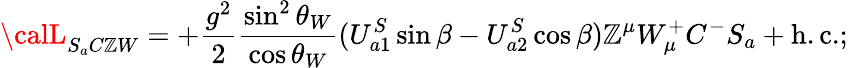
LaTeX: {\calL}_{S_{a}C\mathbb{Z}W}=+\frac{{g^{2}}}{{2}}\frac{{\sin^{2}\theta_{W}}}{{\cos\theta_{W}}}(U_{a1}^{S}\sin\beta-U_{a2}^{S}\cos\beta)\mathbb{Z}^{\mu}W_{\mu}^{+}C^{-}S_{a}+\mathrm{{h.c.}};